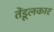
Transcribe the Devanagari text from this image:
तेंडूलकार